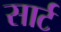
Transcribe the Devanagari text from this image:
सार्ट